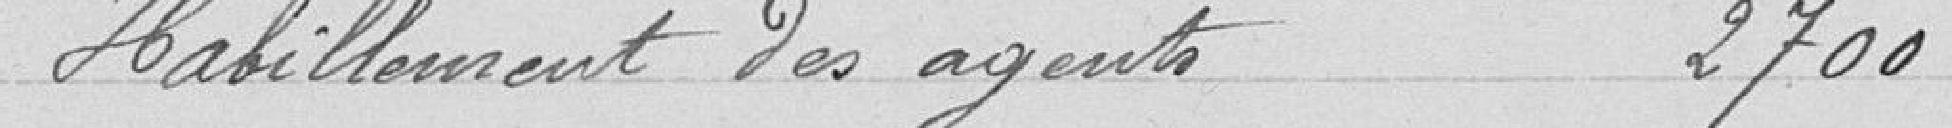
Habillement des agents 2700